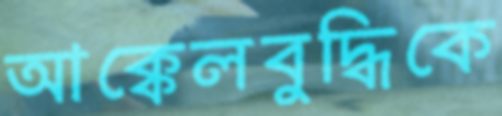
আক্কেলবুদ্ধিকে